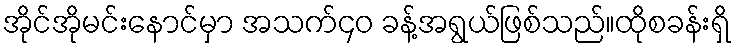
အိုင်အိုမင်းနောင်မှာ အသက်၄၀ ခန့်အရွယ်ဖြစ်သည်။ထိုစခန်းရှိ